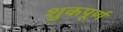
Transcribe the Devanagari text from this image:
शुकपूर्ण